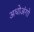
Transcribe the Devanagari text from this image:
अधोअंगो